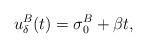
LaTeX: \begin{align*}u_\delta^B(t)=\sigma_{0}^B+\beta t,\end{align*}